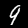
Digit: 9